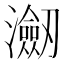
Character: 𭳤